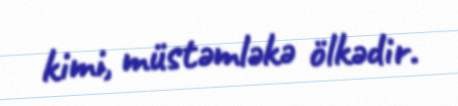
kimi, müstəmləkə ölkədir.